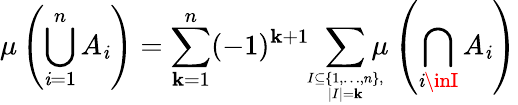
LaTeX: \mu\left(\bigcup_{\mathit{i}=1}^{n}A_{\mathit{i}}\right)=\sum_{\mathbf{k}=1}^{n}(-1)^{\mathbf{k}+1}\! \! \sum_{I\subseteq\{ 1,\dotsc,n\} ,\atop|I|=\mathbf{k}}\! \! \! \! \mu\left(\bigcap_{\mathit{i}\inI}A_{\mathit{i}}\right)